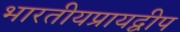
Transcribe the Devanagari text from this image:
भारतीयप्रायद्वीप